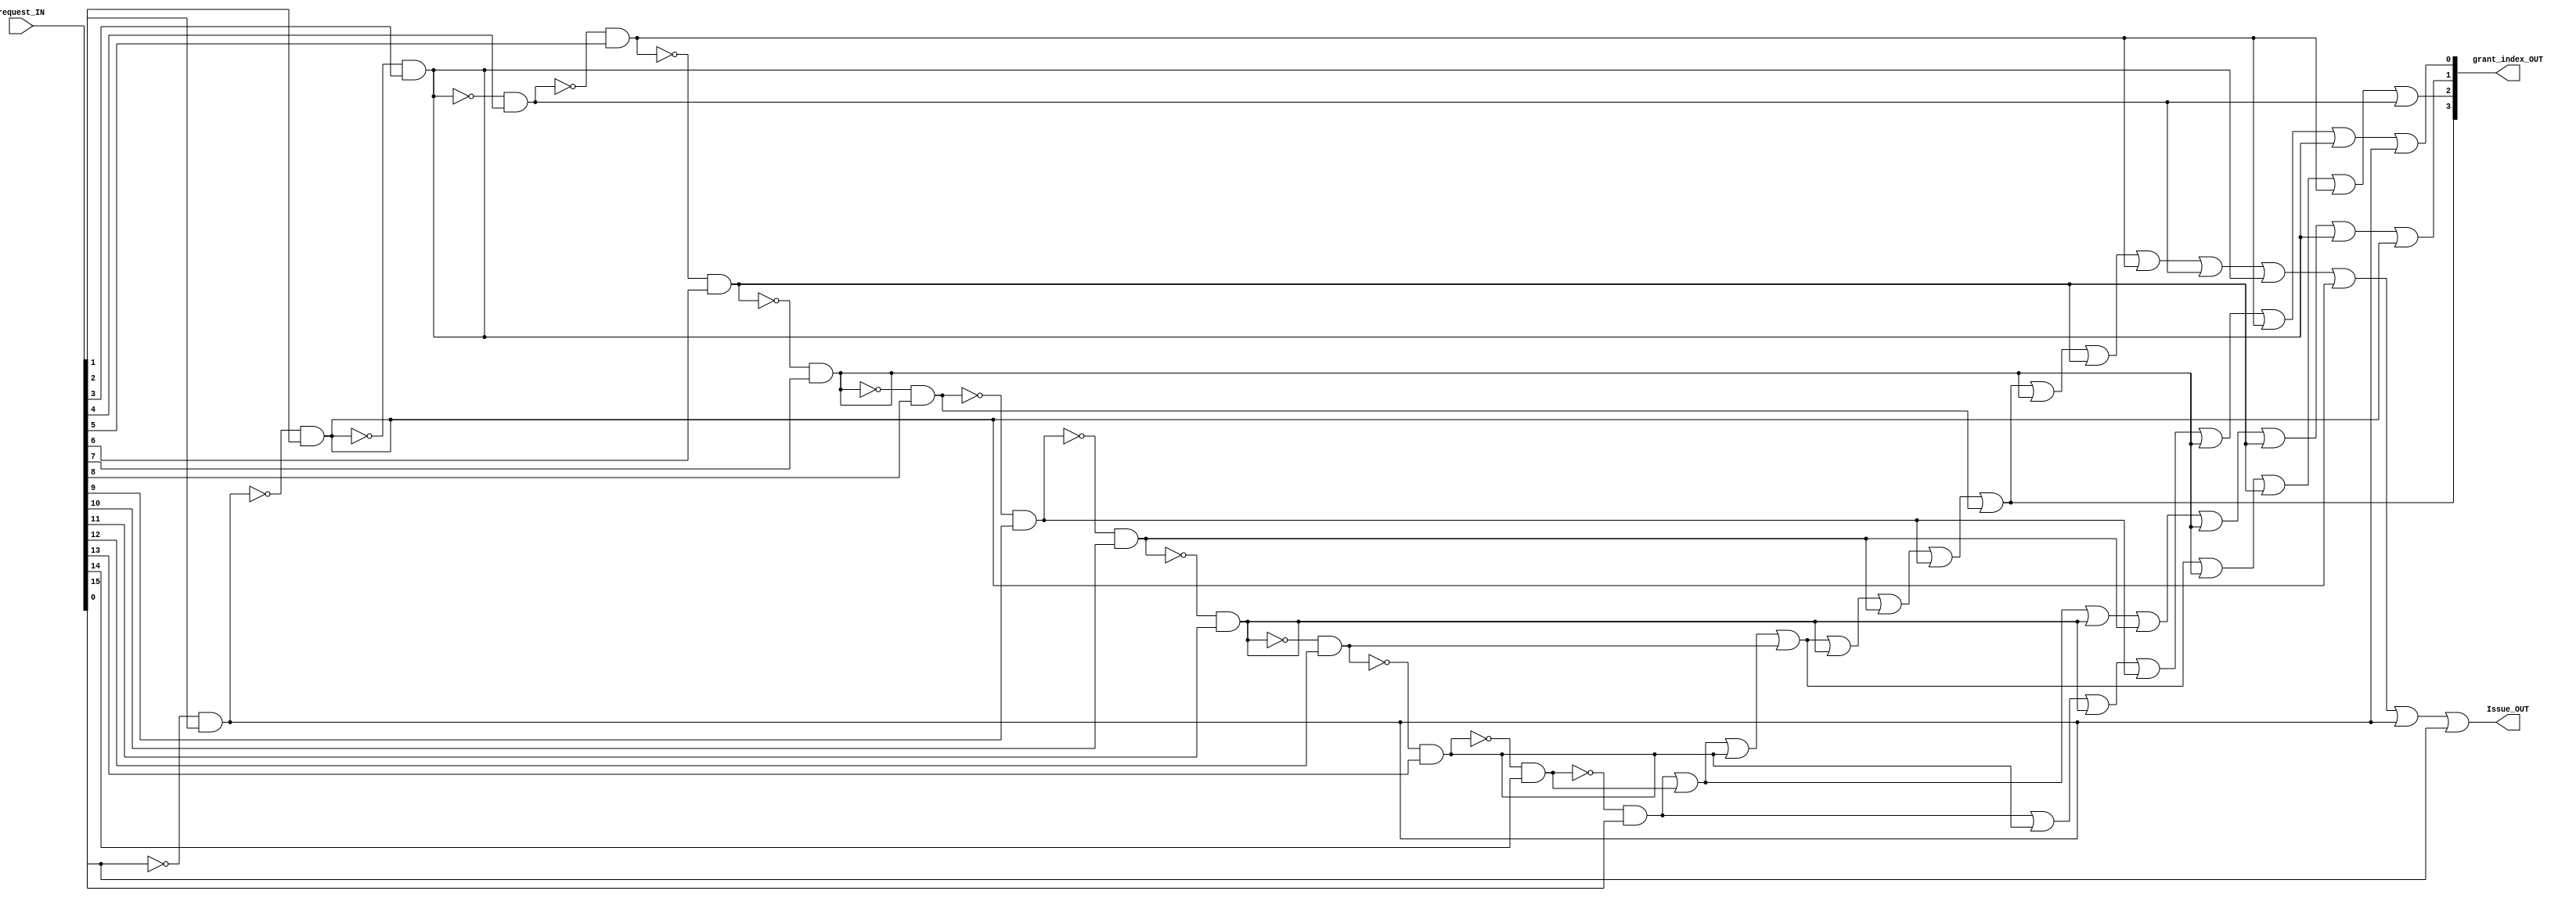
module Wakeup_Select(
	input [15:0] request_IN,
	output reg Issue_OUT,
	output reg [3:0] grant_index_OUT //the index of the instr granted permission to issue
	
);

//generates wakeup signal

wire Issue;
wire [15:0] request;
wire [15:0] grant;
wire [3:0] grant_index;

assign request = request_IN;
assign Issue_OUT = Issue;
assign grant_index_OUT = grant_index;

	assign grant [0] = request [0]; ///0000
	assign grant [1] = !request [0] & request [1];
	assign grant [2] = !grant [1] & request [2];
	assign grant [3] = !grant [2] & request [3];
	assign grant [4] = !grant [3] & request [4];
	assign grant [5] = !grant [4] & request [5];
	assign grant [6] = !grant [5] & request [6];
	assign grant [7] = !grant [6] & request [7]; ///0111
	assign grant [8] = !grant [7] & request [8]; ///1000
	assign grant [9] = !grant [8] & request [9];
	assign grant [10] = !grant [9] & request [10];
	assign grant [11] = !grant [10] & request [11];
	assign grant [12] = !grant [11] & request [12];
	assign grant [13] = !grant [12] & request [13];
	assign grant [14] = !grant [13] & request [14]; ///1110
	assign grant [15] = !grant [14] & request [15]; ///1111


//incredibly brute force...
assign grant_index[3] = grant[15] | grant[14] | grant[13] | grant[12] | grant[11] | grant[10] | grant[9] |  grant[8];
assign grant_index[2] = grant[15] | grant[14] | grant[13] | grant[12] | grant[7] | grant[6] | grant[5] |  grant[4];
assign grant_index[1] = grant[15] | grant[14] | grant[11] | grant[10] | grant[7] | grant[6] | grant[3] |  grant[2];
assign grant_index[0] = grant[15] | grant[13] | grant[11] | grant[9] | grant[7] | grant[5] | grant[3] |  grant[1];
assign Issue =  grant[15] | grant[14] | grant[13] | grant[12] | grant[11] | grant[10] | grant[9] |  grant[8] | grant[7] | grant[6] | grant[5] | grant[4] | grant[3] | grant[2] | grant[1] |  grant[0];

endmodule